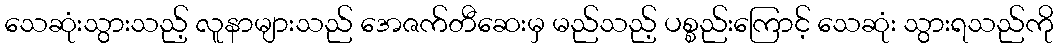
သေဆုံးသွားသည့် လူနာများသည် အေဇက်တီဆေးမှ မည်သည့် ပစ္စည်းကြောင့် သေဆုံး သွားရသည်ကို